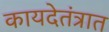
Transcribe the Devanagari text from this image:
कायदेतंत्रात